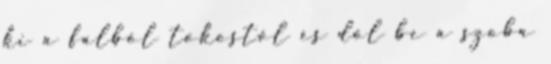
ki a falból tokostól és dől be a szoba